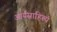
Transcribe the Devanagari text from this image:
आर्यसाहित्य